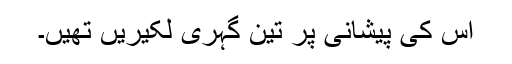
اس کی پیشانی پر تین گہری لکیریں تھیں۔